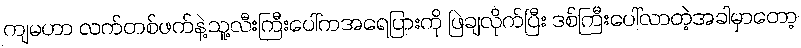
ကျမဟာ လက်တစ်ဖက်နဲ့သူ့လီးကြီးပေါ်ကအရေပြားကို ဖြဲချလိုက်ပြီး ဒစ်ကြီးပေါ်လာတဲ့အခါမှာတော့